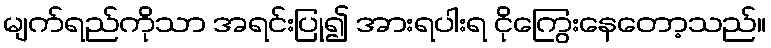
မျက်ရည်ကိုသာ အရင်းပြု၍ အားရပါးရ ငိုကြွေးနေတော့သည်။